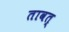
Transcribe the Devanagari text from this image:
तावत्